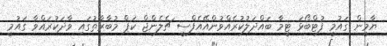
ޔާމީން ގައުމީ ފުޓްބޯޅަ ޓީމާ ބައްދަލުކުރެއްވުންއޭއެފްސީ ޗެލެންޖް ކަޕް މުބާރާތުގައި ވާދަކުރައްވާ ގައުމީ